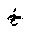
Letter: _kha